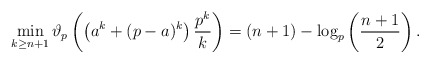
\begin{align*}\min_{k \geq n + 1} \vartheta_p\left(\left(a^k + (p - a)^k\right) \frac{p^k}{k}\right) = (n + 1) - \log_p\left(\frac{n + 1}{2}\right) .\end{align*}